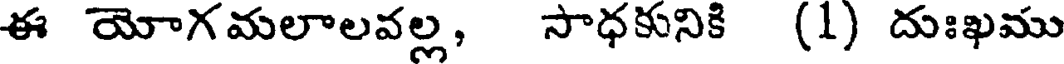
ఈ యోగమలాలవల్ల, సాధకునికి (1) దుఃఖము